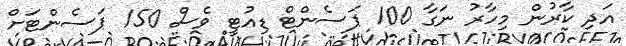
އަދި ކާރުން މިހާރު ނަގާ 100 ޕަސެންޓް ޑިއުޓީ ވެސް 150 ޕަސެންޓަށް